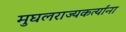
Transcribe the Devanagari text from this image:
मुघलराज्यकर्त्यांना